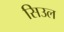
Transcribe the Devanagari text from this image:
सिउल